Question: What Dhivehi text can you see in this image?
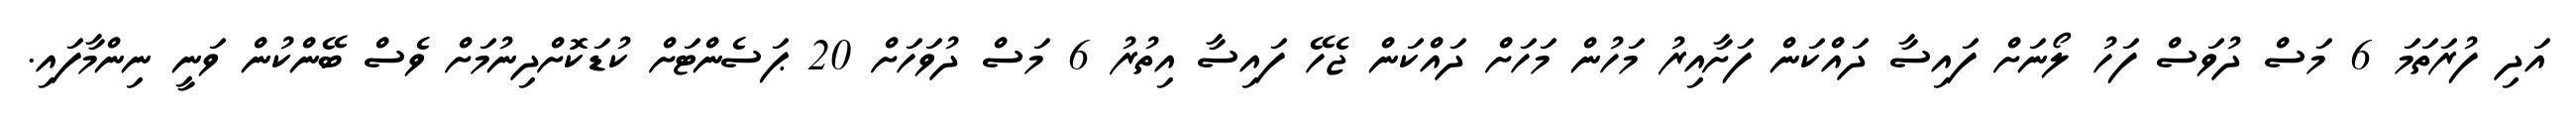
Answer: އަދި ފުރަތަމަ 6 މަސް ދުވަސް ފަހު ލޯނަށް ފައިސާ ދައްކަން ފަށާއިރު މަހުން މަހަށް ދައްކަން ޖެހޭ ފައިސާ އިތުރު 6 މަސް ދުވަހަށް 20 ޕަސެންޓަށް ކުޑަކޮށްދިނުމަށް ވެސް ބޭންކުން ވަނީ ނިންމާފައި.